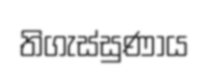
තිගැස්සුණාය